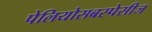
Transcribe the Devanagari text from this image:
पेलियोसबस्पेसीज